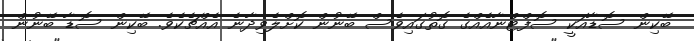
ބޭކިން ސޮޑާއަކީ ސޮފްޓްނާއެއްގެ ގޮތުގައިވެސް ބޭނުން ކޮށްލެވިދާނެ އެއްޗެކެވެ. ބޭކިން ސޮޑާ ބޭނުން